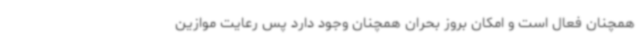
همچنان فعال است و امکان بروز بحران همچنان وجود دارد پس رعایت موازین